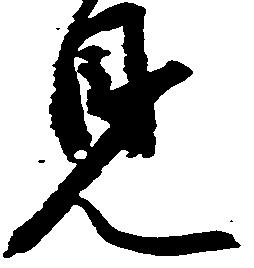
見